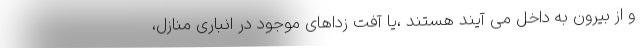
و از بیرون به داخل می آیند هستند ،یا آفت زداهای موجود در انباری منازل،